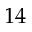
1 4